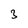
Character: 3